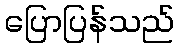
ပြောပြန်သည်